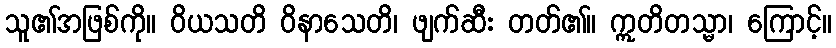
သူ၏အဖြစ်ကို။ ဝိယသတိ ဝိနာသေတိ၊ ဖျက်ဆီး တတ်၏။ ဣတိတသ္မာ၊ ကြောင့်။